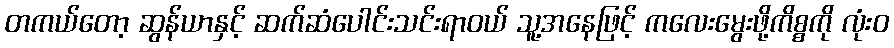
တကယ်တော့ ဆွန်ယာနှင့် ဆက်ဆံပေါင်းသင်းရာဝယ် သူ့အနေဖြင့် ကလေးမွေးဖို့ကိစ္စကို လုံးဝ